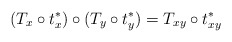
\begin{align*}(T_x\circ t_x^*)\circ (T_y\circ t_y^*)=T_{xy}\circ t_{xy}^*\end{align*}